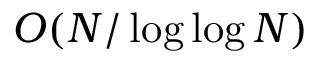
O ( N / \log \log N )